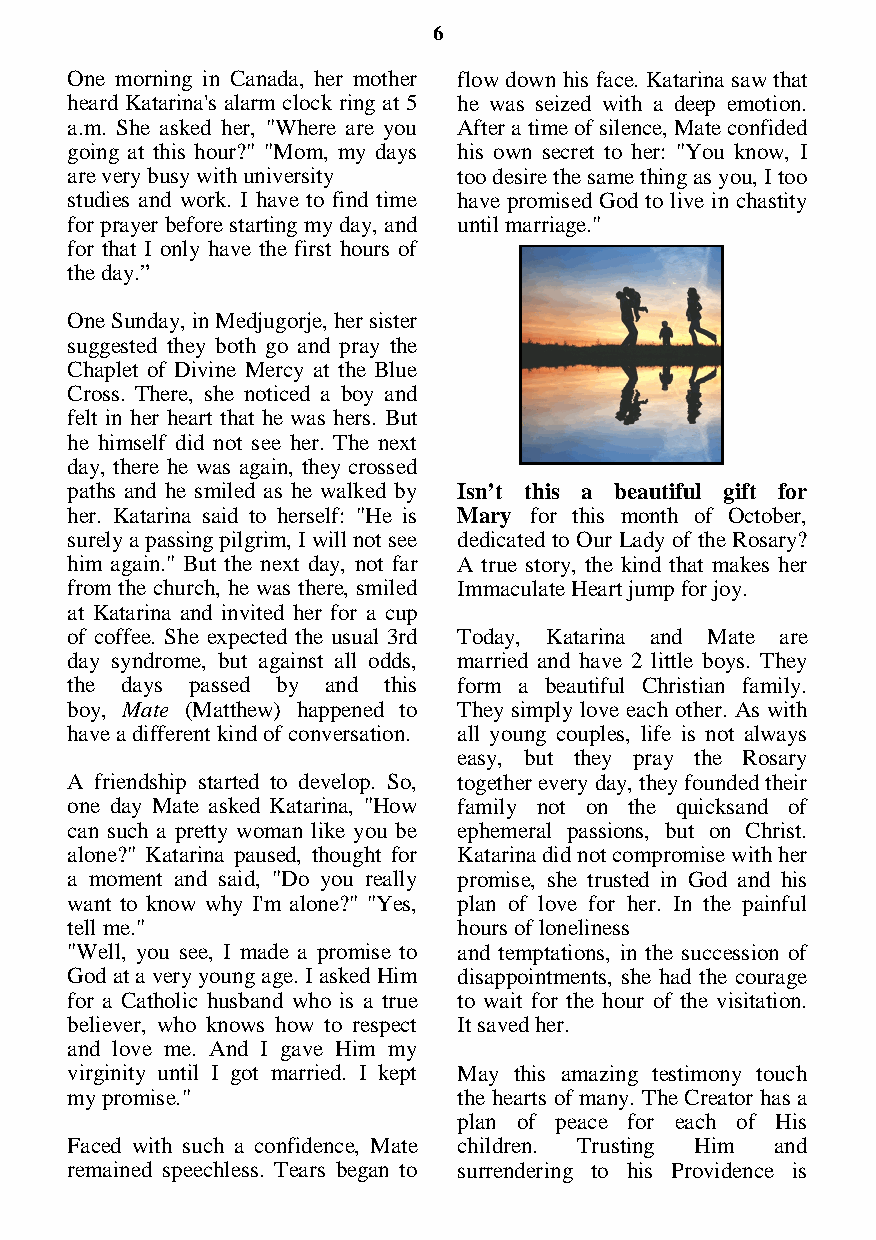
6
 One morning in Canada, her mother flow down his face. Katarina saw that
 heard Katarina's alarm clock ring at 5 he was seized with a deep emotion.
 a.m. She asked her, "Where are you After a time of silence, Mate confided
 going at this hour?" "Mom, my days his own secret to her: "You know, I
 are very busy with university too desire the same thing as you, I too
 studies and work. I have to find time have promised God to live in chastity
 for prayer before starting my day, and until marriage."
 for that I only have the first hours of
 the day.”
 One Sunday, in Medjugorje, her sister
 suggested they both go and pray the
 Chaplet of Divine Mercy at the Blue
 Cross. There, she noticed a boy and
 felt in her heart that he was hers. But
 he himself did not see her. The next
 day, there he was again, they crossed
 paths and he smiled as he walked by Isn’t this a beautiful gift for
 her. Katarina said to herself: "He is Mary for this month of October,
 surely a passing pilgrim, I will not see dedicated to Our Lady of the Rosary?
 him again." But the next day, not far A true story, the kind that makes her
 from the church, he was there, smiled Immaculate Heart jump for joy.
 at Katarina and invited her for a cup
 of coffee. She expected the usual 3rd Today, Katarina and Mate are
 day syndrome, but against all odds, married and have 2 little boys. They
 the days passed by and this form a beautiful Christian family.
 boy, Mate (Matthew) happened to They simply love each other. As with
 have a different kind of conversation. all young couples, life is not always
 easy, but they pray the Rosary
 A friendship started to develop. So, together every day, they founded their
 one day Mate asked Katarina, "How family not on the quicksand of
 can such a pretty woman like you be ephemeral passions, but on Christ.
 alone?" Katarina paused, thought for Katarina did not compromise with her
 a moment and said, "Do you really promise, she trusted in God and his
 want to know why I'm alone?" "Yes, plan of love for her. In the painful
 tell me."                 hours of loneliness
 "Well, you see, I made a promise to and temptations, in the succession of
 God at a very young age. I asked Him disappointments, she had the courage
 for a Catholic husband who is a true to wait for the hour of the visitation.
 believer, who knows how to respect It saved her.
 and love me. And I gave Him my
 virginity until I got married. I kept May this amazing testimony touch
 my promise."              the hearts of many. The Creator has a
 plan of peace for each of His
 Faced with such a confidence, Mate children. Trusting Him and
 remained speechless. Tears began to surrendering to his Providence is